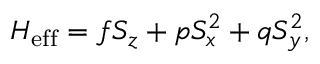
H _ { \mathrm { e f f } } = f S _ { z } + p S _ { x } ^ { 2 } + q S _ { y } ^ { 2 } ,